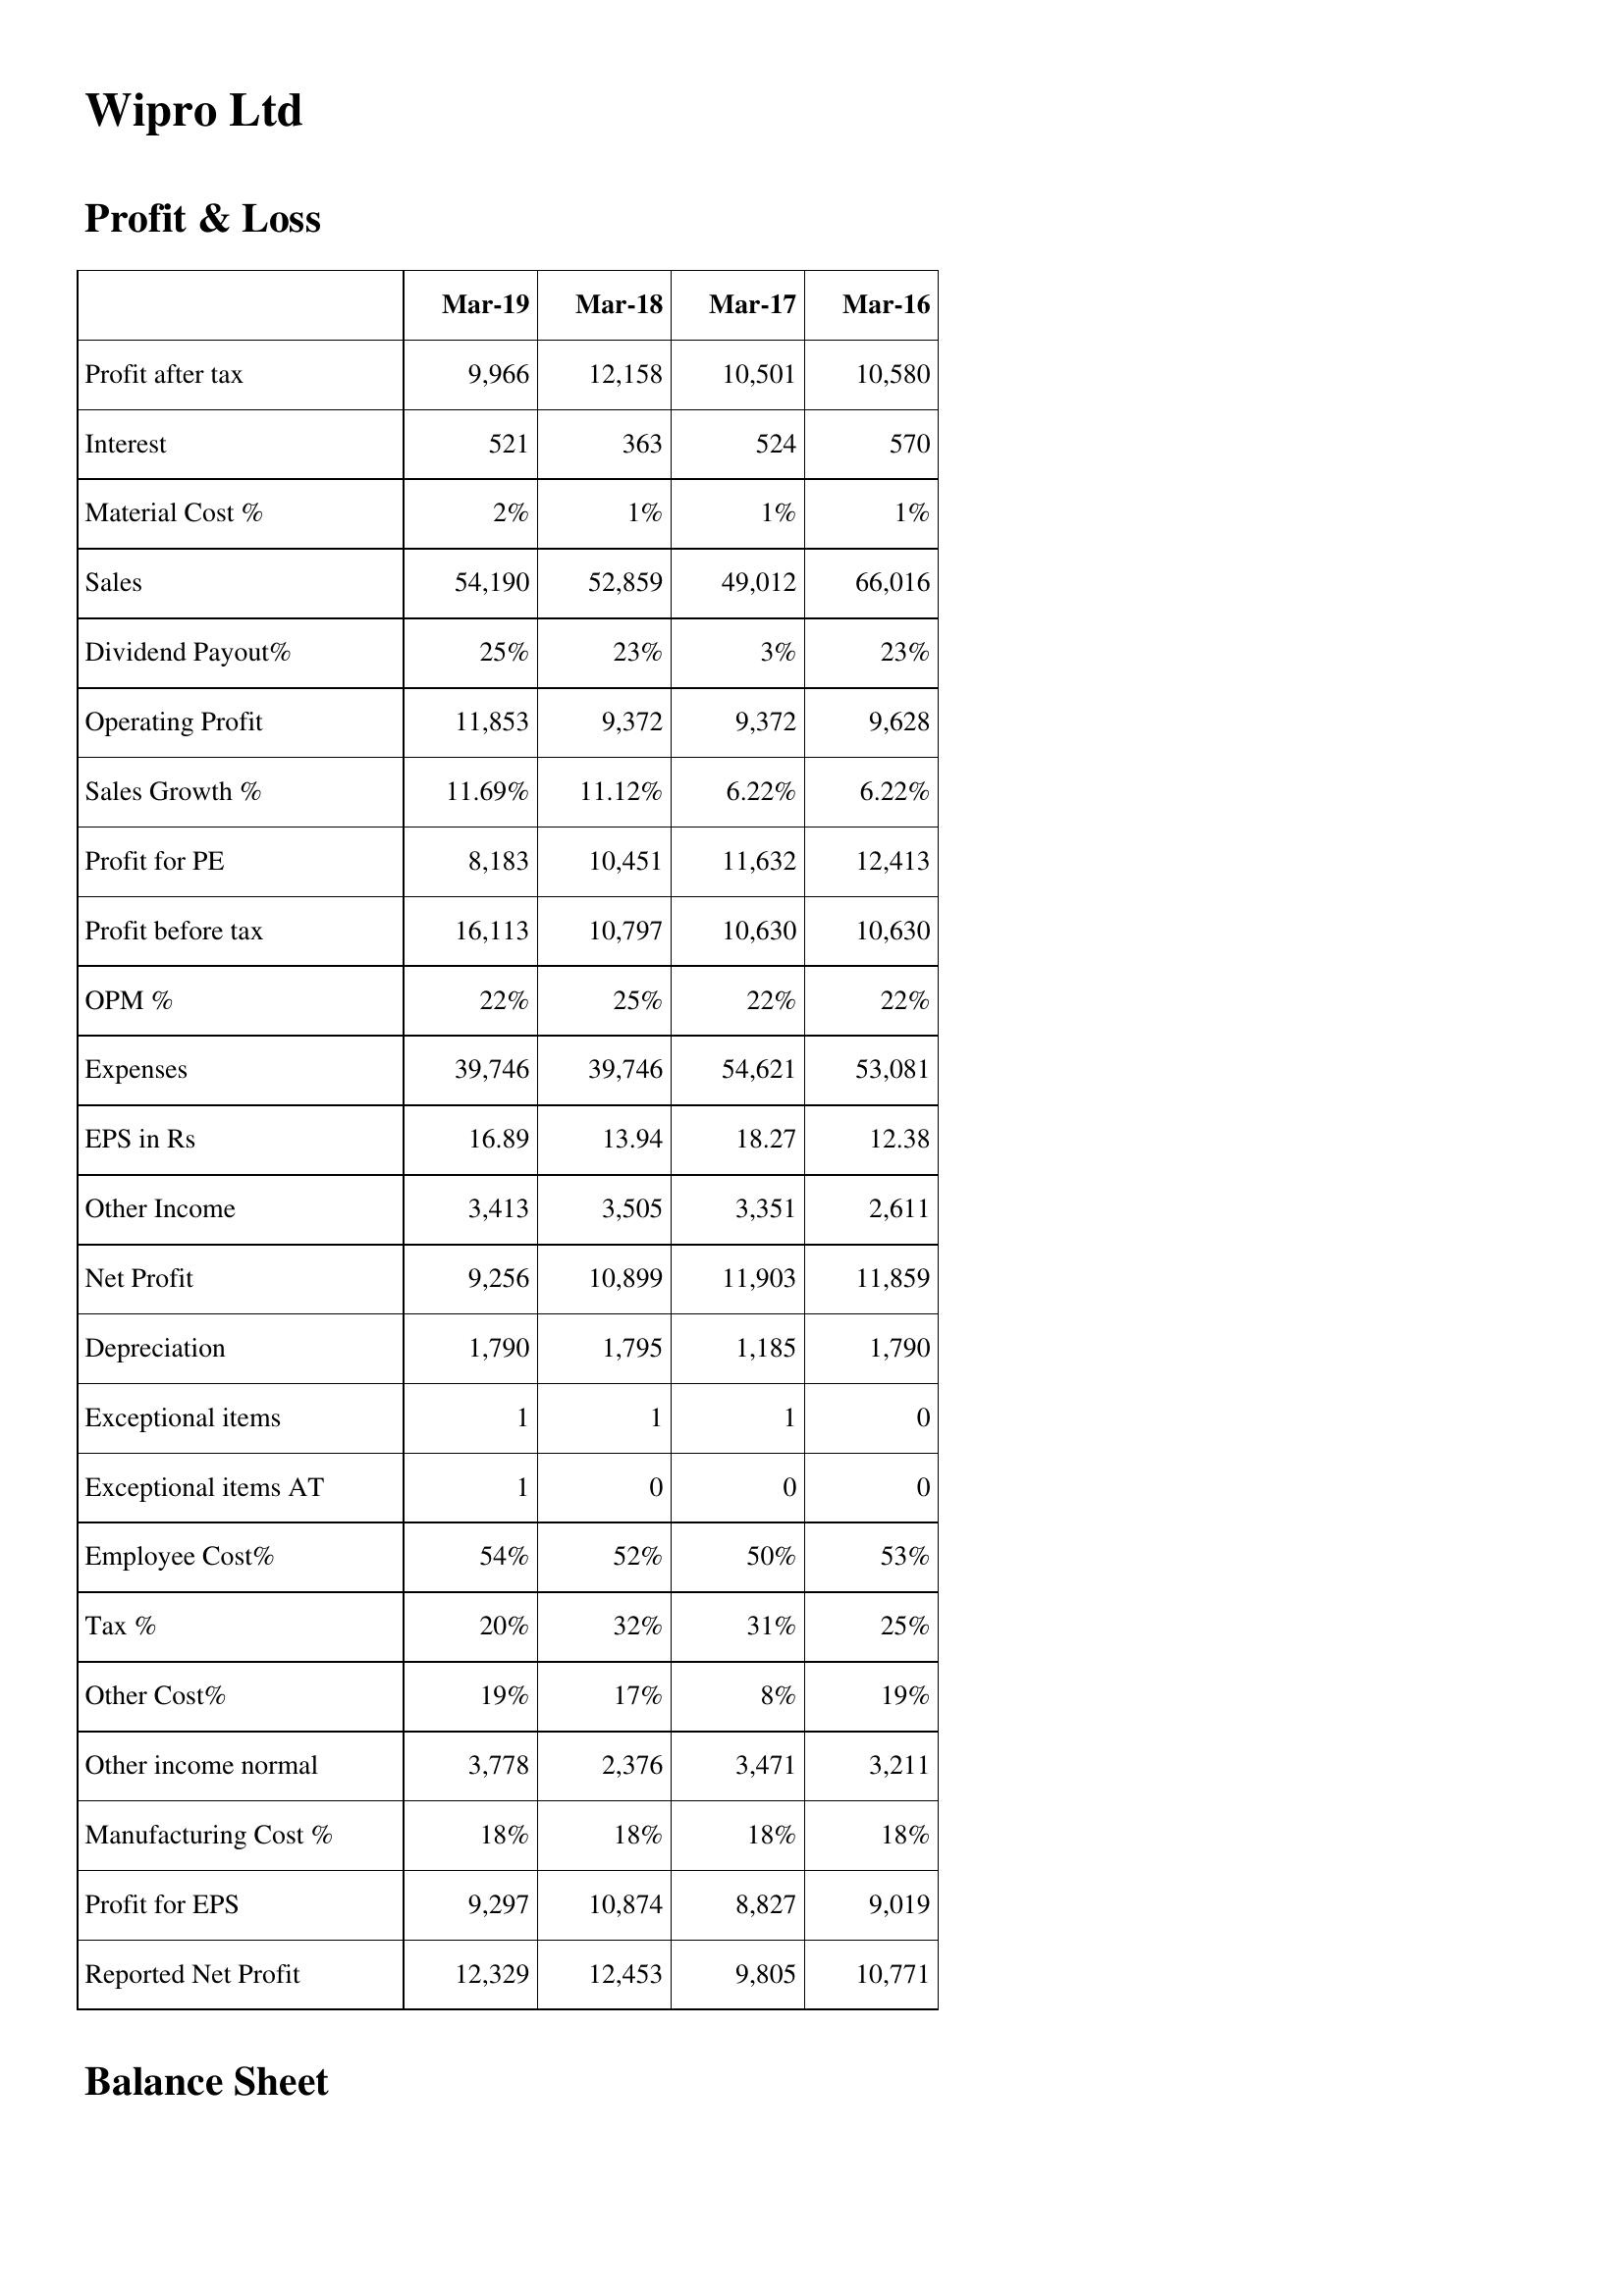
Mar-19: Profit & Loss: Profit after tax: 9,966
Interest: 521
Material Cost %: 2%
Sales: 54,190
Dividend Payout%: 25%
Operating Profit: 11,853
Sales Growth %: 11.69%
Profit for PE: 8,183
Profit before tax: 16,113
OPM %: 22%
Expenses: 39,746
EPS in Rs: 16.89
Other Income: 3,413
Net Profit: 9,256
Depreciation: 1,790
Exceptional items: 1
Exceptional items AT: 1
Employee Cost%: 54%
Tax %: 20%
Other Cost%: 19%
Other income normal: 3,778
Manufacturing Cost %: 18%
Profit for EPS: 9,297
Reported Net Profit: 12,329
Mar-18: Profit & Loss: Profit after tax: 12,158
Interest: 363
Material Cost %: 1%
Sales: 52,859
Dividend Payout%: 23%
Operating Profit: 9,372
Sales Growth %: 11.12%
Profit for PE: 10,451
Profit before tax: 10,797
OPM %: 25%
Expenses: 39,746
EPS in Rs: 13.94
Other Income: 3,505
Net Profit: 10,899
Depreciation: 1,795
Exceptional items: 1
Exceptional items AT: 0
Employee Cost%: 52%
Tax %: 32%
Other Cost%: 17%
Other income normal: 2,376
Manufacturing Cost %: 18%
Profit for EPS: 10,874
Reported Net Profit: 12,453
Mar-17: Profit & Loss: Profit after tax: 10,501
Interest: 524
Material Cost %: 1%
Sales: 49,012
Dividend Payout%: 3%
Operating Profit: 9,372
Sales Growth %: 6.22%
Profit for PE: 11,632
Profit before tax: 10,630
OPM %: 22%
Expenses: 54,621
EPS in Rs: 18.27
Other Income: 3,351
Net Profit: 11,903
Depreciation: 1,185
Exceptional items: 1
Exceptional items AT: 0
Employee Cost%: 50%
Tax %: 31%
Other Cost%: 8%
Other income normal: 3,471
Manufacturing Cost %: 18%
Profit for EPS: 8,827
Reported Net Profit: 9,805
Mar-16: Profit & Loss: Profit after tax: 10,580
Interest: 570
Material Cost %: 1%
Sales: 66,016
Dividend Payout%: 23%
Operating Profit: 9,628
Sales Growth %: 6.22%
Profit for PE: 12,413
Profit before tax: 10,630
OPM %: 22%
Expenses: 53,081
EPS in Rs: 12.38
Other Income: 2,611
Net Profit: 11,859
Depreciation: 1,790
Exceptional items: 0
Exceptional items AT: 0
Employee Cost%: 53%
Tax %: 25%
Other Cost%: 19%
Other income normal: 3,211
Manufacturing Cost %: 18%
Profit for EPS: 9,019
Reported Net Profit: 10,771